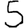
Digit: 5